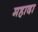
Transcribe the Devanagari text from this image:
महादा